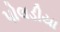
પોલડીયા